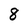
Character: 8